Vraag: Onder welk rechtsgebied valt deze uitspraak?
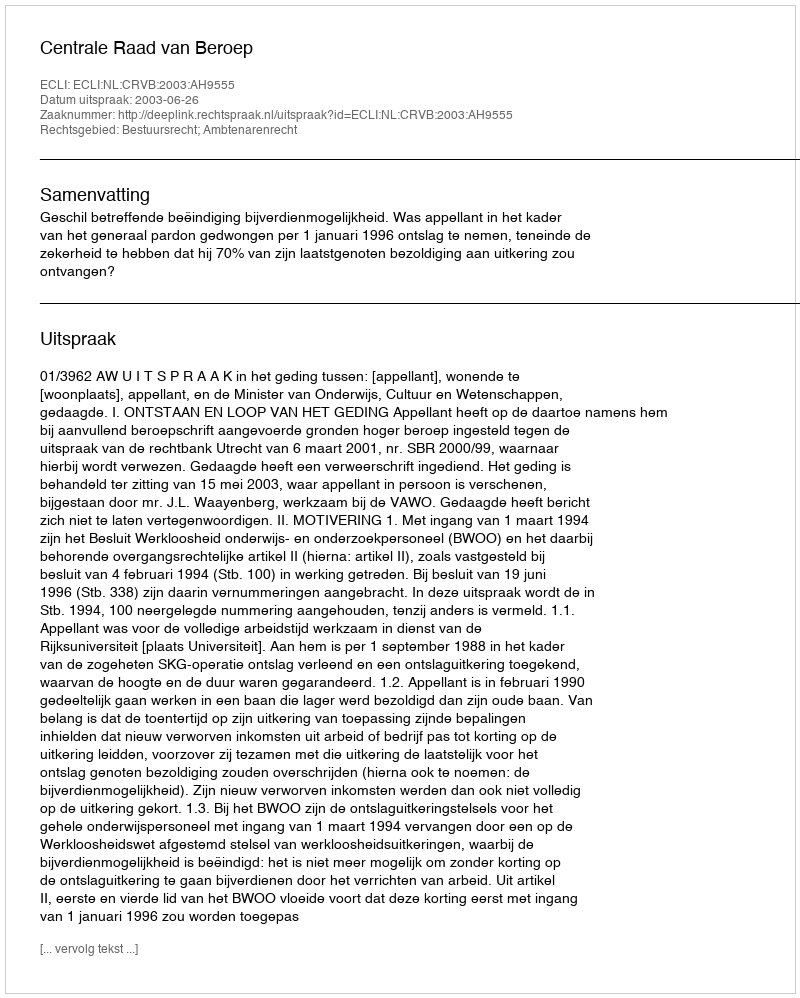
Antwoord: Bestuursrecht; Ambtenarenrecht